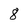
Character: 8